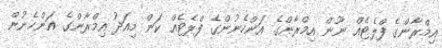
އިމްރާންގެ ފްލެޓެއް ނޫން އިމްރާންގެ އަންހެނުންގެ ފްލެޓެއް ކަން މިއަދު އިމްރާންގެ އަންހެނުން